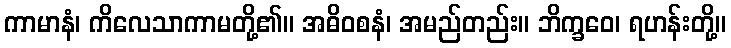
ကာမာနံ၊ ကိလေသာကာမတို့၏။ အဓိဝစနံ၊ အမည်တည်း။ ဘိက္ခဝေ၊ ရဟန်းတို့။